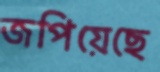
জপিয়েছে